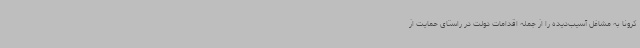
کرونا به مشاغل آسیب‌دیده را از جمله اقدامات دولت در راستای حمایت از